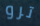
ترو